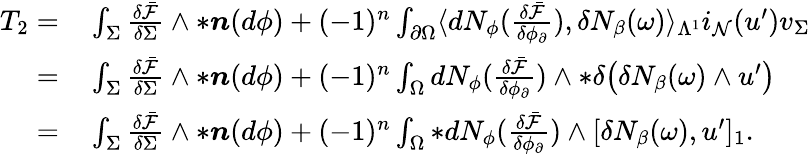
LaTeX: \begin{array}{rl}{T_{2}=}&{{}\int_{\Sigma}\frac{\delta\bar{\mathcal{F}}}{\delta\Sigma}\wedge\ast\boldsymbol{n}(d\phi)+(-1)^{n}\int_{\partial\Omega}\langle dN_{\phi}(\frac{\delta\bar{\mathcal{F}}}{\delta\phi_{\partial}}),\delta N_{\beta}(\omega)\rangle_{\Lambda^{1}}i_{\mathcal{N}}(u^{\prime})v_{\Sigma}}\\ {=}&{{}\int_{\Sigma}\frac{\delta\bar{\mathcal{F}}}{\delta\Sigma}\wedge\ast\boldsymbol{n}(d\phi)+(-1)^{n}\int_{\Omega}dN_{\phi}(\frac{\delta\bar{\mathcal{F}}}{\delta\phi_{\partial}})\wedge\ast\delta\big(\delta N_{\beta}(\omega)\wedge u^{\prime}\big)}\\ {=}&{{}\int_{\Sigma}\frac{\delta\bar{\mathcal{F}}}{\delta\Sigma}\wedge\ast\boldsymbol{n}(d\phi)+(-1)^{n}\int_{\Omega}\ast dN_{\phi}(\frac{\delta\bar{\mathcal{F}}}{\delta\phi_{\partial}})\wedge[\delta N_{\beta}(\omega),u^{\prime}]_{1}.}\end{array}